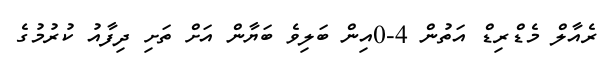
ރެއާލް މެޑްރިޑް އަތުން 4-0އިން ބަލިވެ ބަޔާން އަށް ތަށި ދިފާއު ކުރުމުގެ